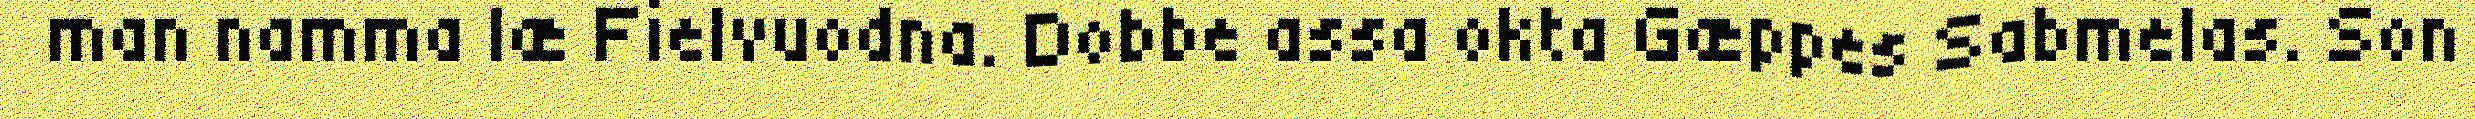
man namma læ Fielvuodna. Dobbe assa okta Gæppes Sabmelas. Son